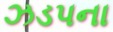
ઝડપના